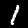
Digit: 1